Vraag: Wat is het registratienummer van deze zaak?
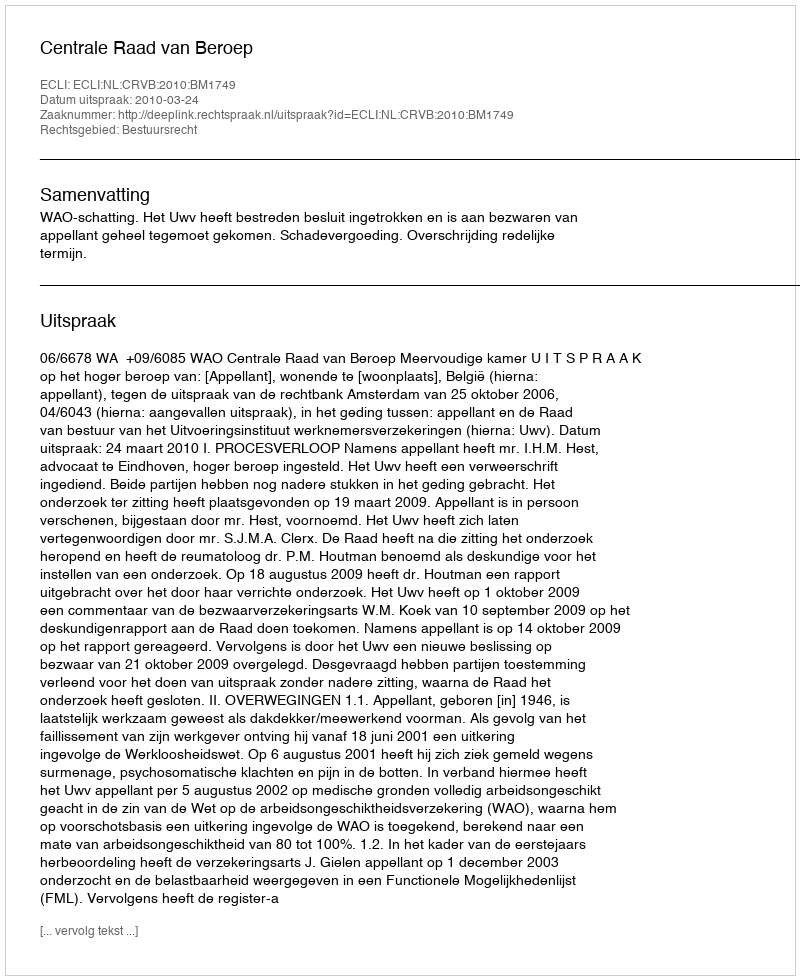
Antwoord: http://deeplink.rechtspraak.nl/uitspraak?id=ECLI:NL:CRVB:2010:BM1749